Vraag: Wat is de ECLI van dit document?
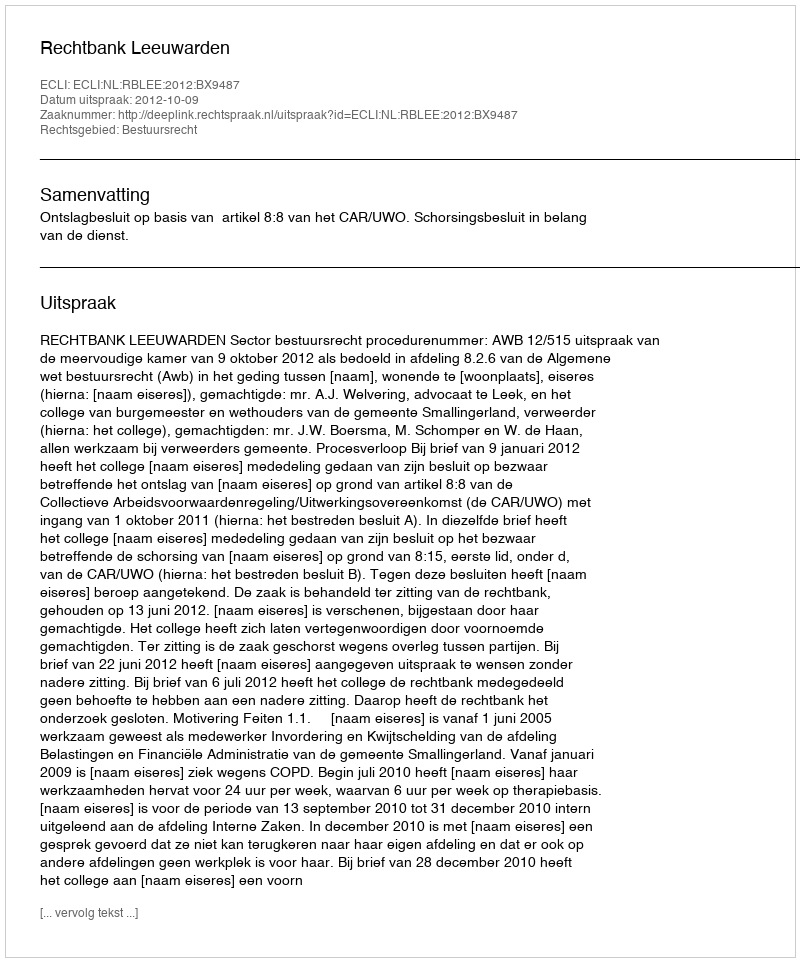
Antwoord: ECLI:NL:RBLEE:2012:BX9487